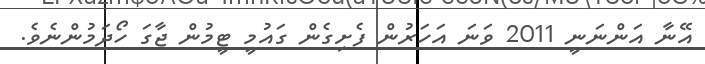
އޭނާ އަންނަނީ 2011 ވަނަ އަހަރުން ފެށިގެން ގައުމީ ޓީމުން ޖާގަ ހޯދަމުންނެވެ.